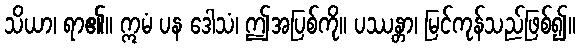
သိယာ၊ ရာ၏။ ဣမံ ပန ဒေါသံ၊ ဤအပြစ်ကို။ ပဿန္တာ၊ မြင်ကုန်သည်ဖြစ်၍။